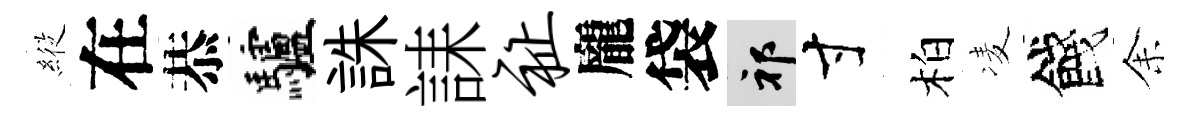
𦂵在恭驢誅誄祉龐袋祁寸柏凌餞𪜬